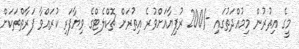
މީގެ އިތުރުން މިމުއްދަތުގައި -/200 ރުފިޔާއަށްވުރެ އިތުރަށް ޗޮކްލެޓްގެ ވިޔާފަރި ކުރައްވާ ފަރާތްތަކަށް